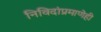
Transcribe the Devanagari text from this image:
निविदांप्रमाणेही